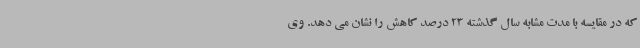
که در مقایسه با مدت مشابه سال گذشته 23 درصد کاهش را نشان می دهد. وی